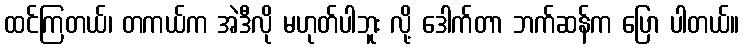
ထင်ကြတယ်၊ တကယ်က အဲဒီလို မဟုတ်ပါဘူး လို့ ဒေါက်တာ ဘက်ဆန်က ပြော ပါတယ်။